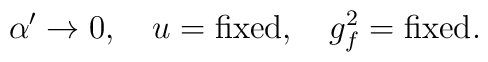
\alpha^\prime \rightarrow 0, \quad u = {\rm fixed}, \quad g^2_f = {\rm fixed}.